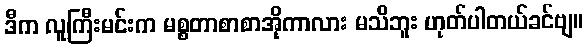
ဒီက လူကြီးမင်းက မစ္စတာစာစာအိုကာလား မသိဘူး ဟုတ်ပါတယ်ခင်ဗျ။